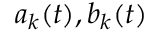
a _ { k } ( t ) , b _ { k } ( t )